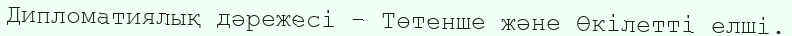
Дипломатиялық дәрежесі – Төтенше және Өкілетті елші.